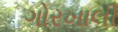
ગોરખાલી